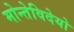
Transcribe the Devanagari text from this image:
मोन्तेविदेयो